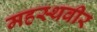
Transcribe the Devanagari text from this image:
महस्थवीर